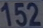
152